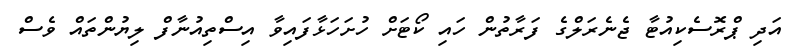
އަދި ޕްރޮސެކިއުޓާ ޖެނެރަލްގެ ފަރާތުން ހައި ކޯޓަށް ހުށަހަޅާފައިވާ އިސްތިއުނާފް ލިޔުންތައް ވެސް